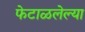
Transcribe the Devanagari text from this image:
फेटाळलेल्या